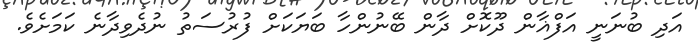
އަދި ބުނަނީ އަފްޣާން ދޫކޮށް ދާން ބޭނުންހާ ބަޔަކަށް ފުރުސަތު ނުދެވިދާނެ ކަމަށެވެ.